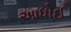
આધોઈ